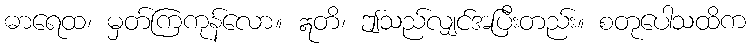
ဓာရေထ၊ မှတ်ကြကုန်လော။ ဣတိ၊ ဤသည်လျှင်အပြီးတည်း။ စတုပေါသထိက